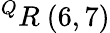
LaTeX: ^{Q}R\ (6,7)